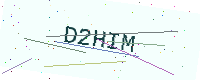
Text: D2HIM